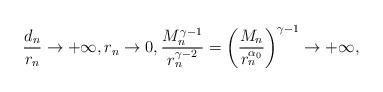
LaTeX: \begin{align*}\frac{d_n}{r_n} \to +\infty, r_n \to 0, \frac{M_n^{\gamma-1}}{r_n^{\gamma-2}} = \left(\frac{M_n}{r_n^{\alpha_0}}\right)^{\gamma-1} \to +\infty,\end{align*}